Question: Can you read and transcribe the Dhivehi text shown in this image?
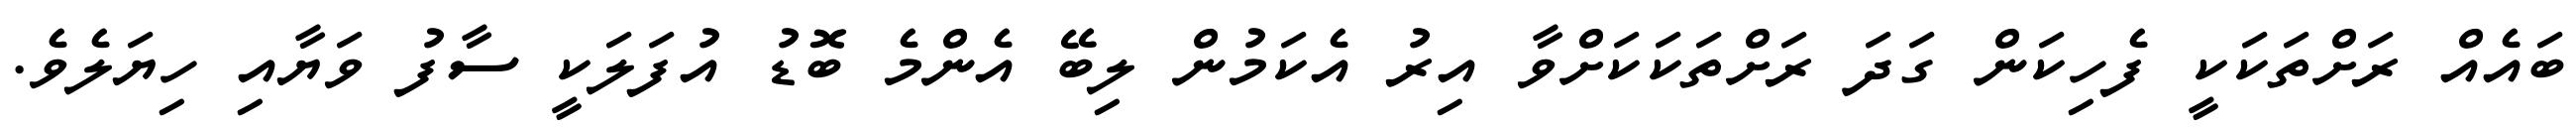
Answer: ބައެއް ރަށްތަކަކީ ފެހިކަން ގަދަ ރަށްތަކަކަށްވާ އިރު އެކަމުން ލިބޭ އެންމެ ބޮޑު އުފަލަކީ ސާފު ވަޔާއި ހިޔަލެވެ.